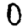
Digit: 0